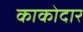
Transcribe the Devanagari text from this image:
काकोदार